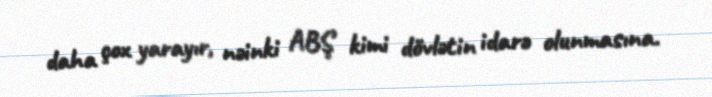
daha çox yarayır, nəinki ABŞ kimi dövlətin idarə olunmasına.